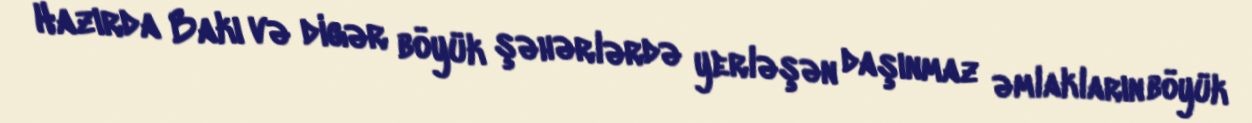
Hazırda Bakı və digər böyük şəhərlərdə yerləşən daşınmaz əmlakların böyük